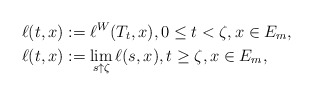
\begin{align*}\begin{aligned}&\ell(t,x):=\ell^W(T_t,x),0\leq t<\zeta, x\in E_m, \\&\ell(t,x):=\lim_{s\uparrow \zeta}\ell(s,x),t\geq \zeta, x\in E_m,\end{aligned}\end{align*}